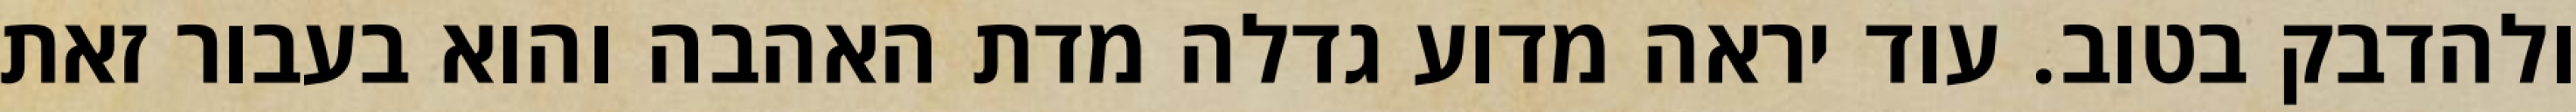
ולהדבק בטוב. עוד יראה מדוע גדלה מדת האהבה והוא בעבור זאת